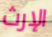
الإرث